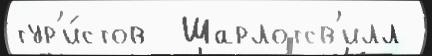
тур'и́стов  Шарлотсв'илл